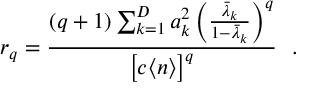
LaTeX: r _ { q } = \frac { ( q + 1 ) \sum _ { k = 1 } ^ { D } a _ { k } ^ { 2 } \left( \frac { { { \bar { \lambda } } } _ { k } } { 1 - { { \bar { \lambda } } } _ { k } } \right) ^ { q } } { \left[ c \langle n \rangle \right] ^ { q } } \ \ .